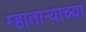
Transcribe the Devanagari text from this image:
म्हाताऱ्याच्या